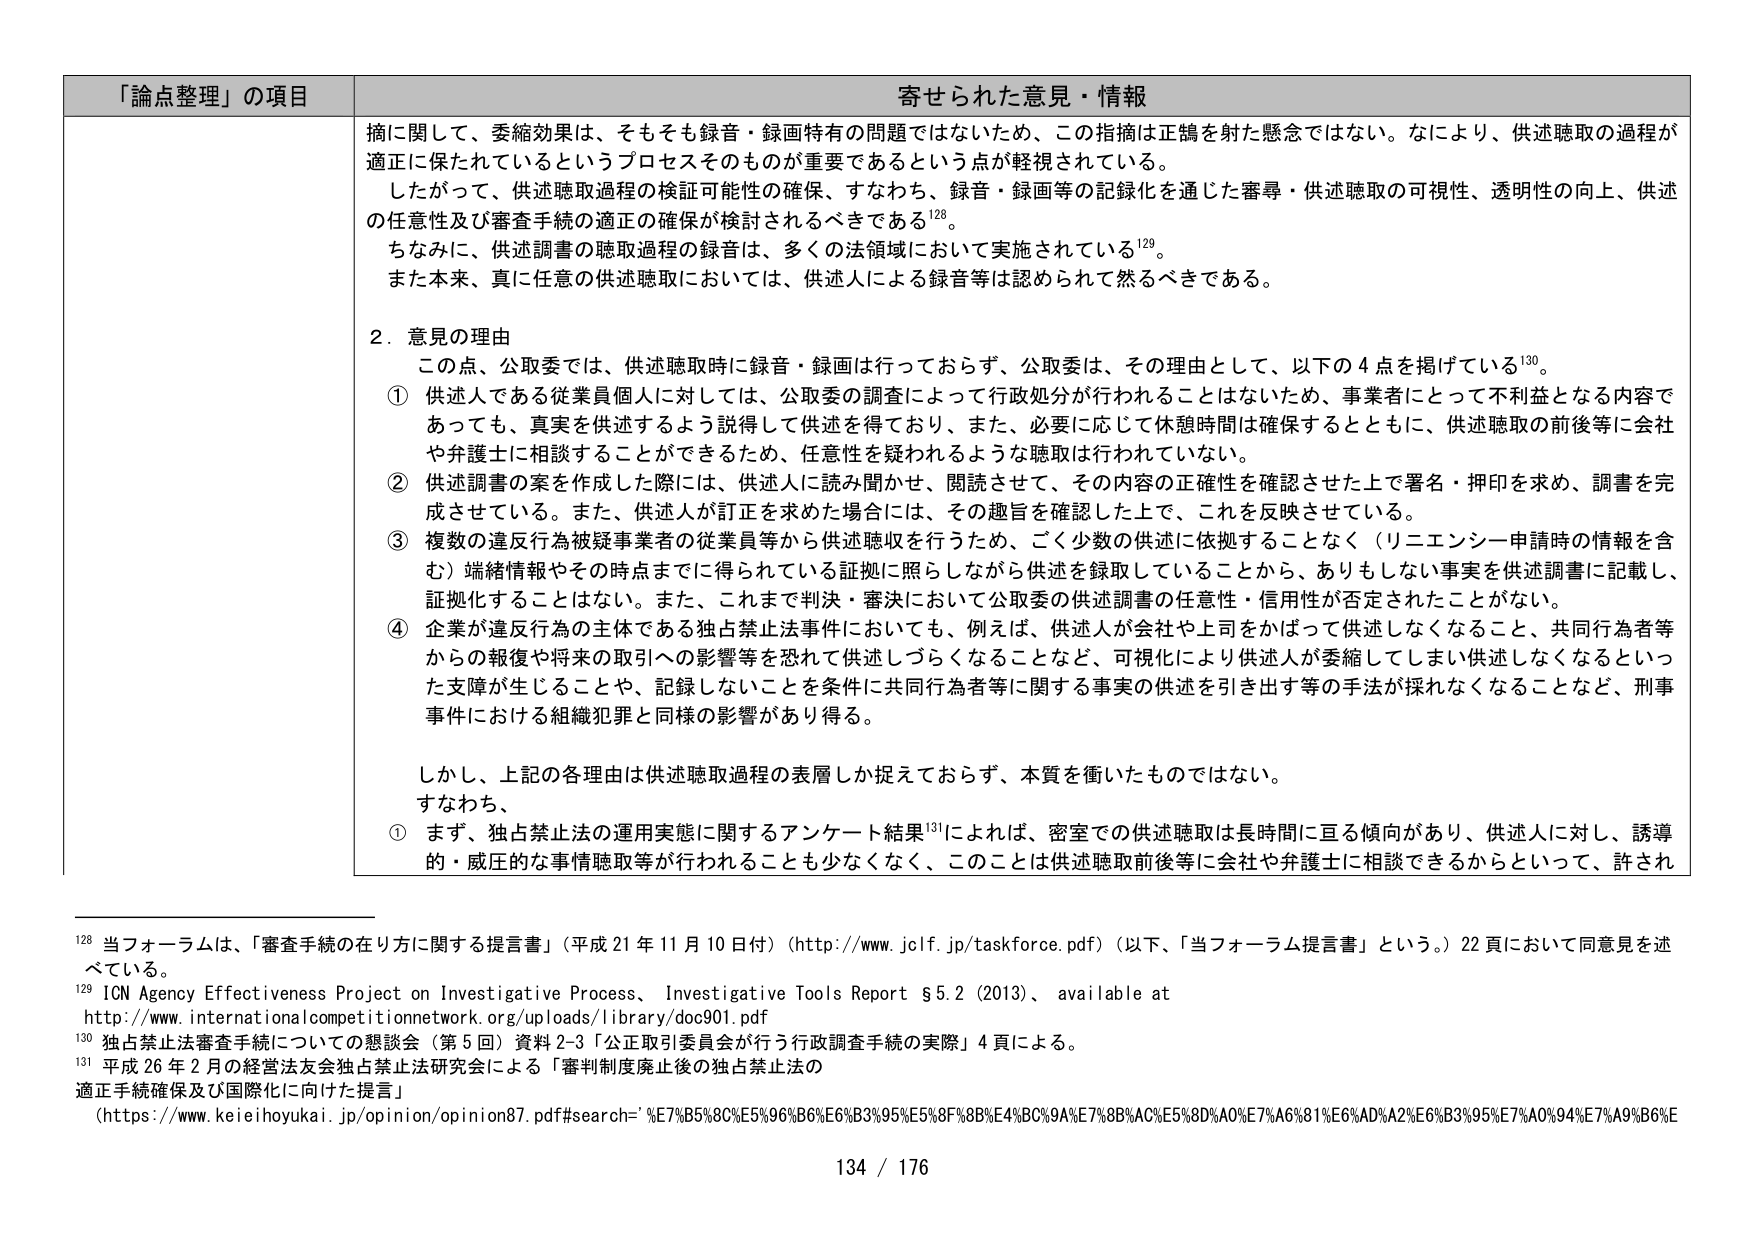
「論点整理」の項目 寄せられた意見・情報

摘に関して、委縮効果は、そもそも録音・録画特有の問題ではないため、この指摘は正鵠を射た懸念ではない。なにより、供述聴取の過程が適正に保たれているというプロセスそのものが重要であるという点が軽視されている。

したがって、供述聴取過程の検証可能性の確保、すなわち、録音・録画等の記録化を通じた審尋・供述聴取の可視性、透明性の向上、供述の任意性及び審査手続の適正の確保が検討されるべきである¹²⁸。

ちなみに、供述調書の聴取過程の録音は、多くの法領域において実施されている¹²⁹。

また本来、真に任意の供述聴取においては、供述人による録音等は認められて然るべきである。

2．意見の理由

この点、公取委では、供述聴取時に録音・録画は行っておらず、公取委は、その理由として、以下の4点を掲げている¹³⁰。

① 供述人である従業員個人に対しては、公取委の調査によって行政処分が行われることはないため、事業者にとって不利益となる内容であっても、真実を供述するよう説得して供述を得ており、また、必要に応じて休憩時間は確保するとともに、供述聴取の前後等に会社や弁護士に相談することができるため、任意性を疑われるような聴取は行われていない。

② 供述調書の案を作成した際には、供述人に読み聞かせ、閲読させて、その内容の正確性を確認させた上で署名・押印を求め、調書を完成させている。また、供述人が訂正を求めた場合には、その趣旨を確認した上で、これを反映させている。

③ 複数の違反行為被疑事業者の従業員等から供述聴取を行うため、ごく少数の供述に依拠することなく（リニュエンシー申請時の情報を含む）端緒情報やその時点までに得られている証拠に照らしながら供述を録取していることから、ありもしない事実を供述調書に記載し、証拠化することはない。また、これまで判決・審決において公取委の供述調書の任意性・信用性が否定されたことがない。

④ 企業が違反行為の主体である独占禁止法事件においても、例えば、供述人が会社や上司をかばって供述しなくなること、共同行為者等からの報復や将来の取引への影響等を恐れて供述しづらくなることなど、可視化により供述人が委縮してしまい供述しなくなるといった支障が生じることや、記録しないことを条件に共同行為者等に関する事実の供述を引き出す等の手法が採れなくなることなど、刑事事件における組織犯罪と同様の影響があり得る。

しかし、上記の各理由は供述聴取過程の表層しか捉えておらず、本質を衝いたものではない。

すなわち、

① まず、独占禁止法の運用実態に関するアンケート結果¹³¹によれば、密室での供述聴取は長時間に亘る傾向があり、供述人に対し、誘導的・威圧的な事情聴取等が行われることも少なくなく、このことは供述聴取前後等に会社や弁護士に相談できるからといって、許され

¹²⁸ 当フォーラムは、「審査手続の在り方に関する提言書」（平成21年11月10日付）（http://www.jcif.jp/taskforce.pdf）（以下、「当フォーラム提言書」という。）22頁において同意見を述べている。

¹²⁹ ICN Agency Effectiveness Project on Investigative Process, Investigative Tools Report §5.2 (2013), available at http://www.internationalcompetitionnetwork.org/uploads/library/doc901.pdf

¹³⁰ 独占禁止法審査手続についての懇談会（第5回）資料2-3「公正取引委員会が行う行政調査手続の実際」4頁による。

¹³¹ 平成26年2月の経営法友会独占禁止法研究会による「審判制度廃止後の独占禁止法の適正手続確保及び国際化に向けた提言」
（https://www.keieihoyukai.jp/opinion/opinion87.pdf#search=%E7%B5%8C%E5%96%B6%E6%B3%95%E5%8F%8B%E4%BC%9A%E7%8B%AC%E5%8D%A0%E7%A6%81%E6%AD%A2%E6%B3%95%E7%A0%94%E7%A9%B6%E

134 / 176